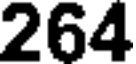
264